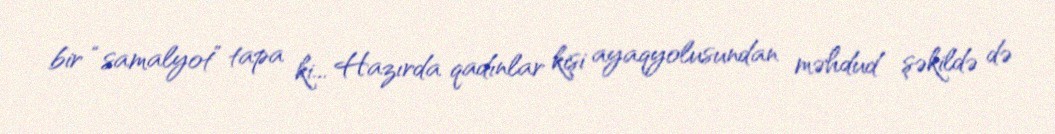
bir “samalyot” tapa ki... Hazırda qadınlar kişi ayaqyolusundan məhdud şəkildə də